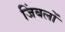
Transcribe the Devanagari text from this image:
जिंबलों